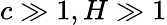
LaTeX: c\gg 1,H\gg 1